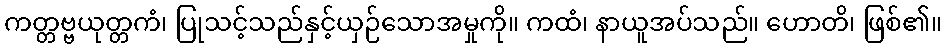
ကတ္တဗ္ဗယုတ္တကံ၊ ပြုသင့်သည်နှင့်ယှဉ်သောအမှုကို။ ကထံ၊ နာယူအပ်သည်။ ဟောတိ၊ ဖြစ်၏။